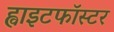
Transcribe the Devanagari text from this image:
ह्वाइटफॉस्टर